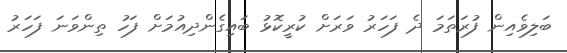
ބަލިވެއިން ފުރަތަމަ ދެ ފަހަރު ވަރަށް ކުރީކޮޅު ބައިގެންދިއުމަށް ފަހު ތިންވަނަ ފަހަރު